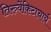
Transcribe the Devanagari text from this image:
तिरुवेंकिटाचार्य